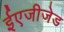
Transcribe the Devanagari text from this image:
ईएजीजेड